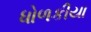
ધોળકીયા